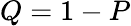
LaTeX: Q=1-P